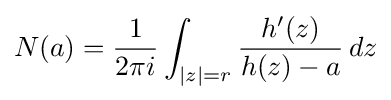
N(a)={1 \over 2\pi i}\int _{|z|=r}{h^{\prime }(z) \over h(z)-a}\,dz